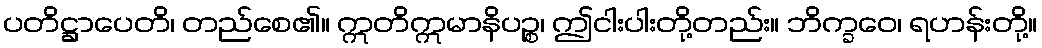
ပတိဋ္ဌာပေတိ၊ တည်စေ၏။ ဣတိဣမာနိပဉ္စ၊ ဤငါးပါးတို့တည်း။ ဘိက္ခဝေ၊ ရဟန်းတို့။